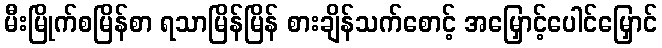
မီးမြိုက်စမြိန်စာ ရသာမြိန်မြိန် စားချိန်သက်စောင့် အမြှောင့်ပေါင်မြှောင်